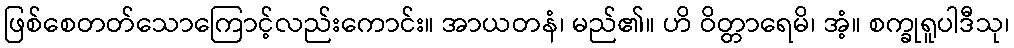
ဖြစ်စေတတ်သောကြောင့်လည်းကောင်း။ အာယတနံ၊ မည်၏။ ဟိ ဝိတ္တာရေမိ၊ အံ့။ စက္ခုရူပါဒီသု၊